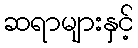
ဆရာများနှင့်